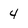
Character: 4